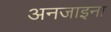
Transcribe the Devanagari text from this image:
अनजाइना